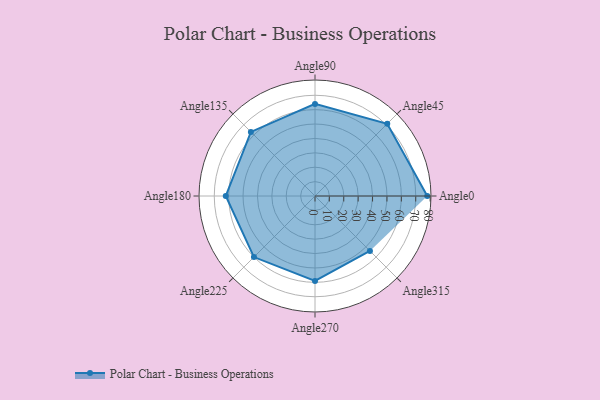
{"axis": {"x": "Angle", "y": "Radius"}, "legend": [""], "data": [{"x": "Angle0", "y": 78.0, "type": ""}, {"x": "Angle45", "y": 71.0, "type": ""}, {"x": "Angle90", "y": 64.0, "type": ""}, {"x": "Angle135", "y": 63.0, "type": ""}, {"x": "Angle180", "y": 62.0, "type": ""}, {"x": "Angle225", "y": 60.0, "type": ""}, {"x": "Angle270", "y": 59.0, "type": ""}, {"x": "Angle315", "y": 54.0, "type": ""}]}